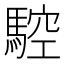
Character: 𩣼